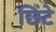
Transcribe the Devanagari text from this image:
छिंटे